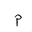
Letter: _mim